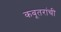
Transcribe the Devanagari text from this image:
कबूतरांची